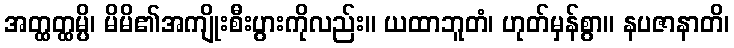
အတ္ထတ္ထမ္ပိ၊ မိမိ၏အကျိုးစီးပွားကိုလည်း။ ယထာဘူတံ၊ ဟုတ်မှန်စွာ။ နပဇာနာတိ၊